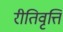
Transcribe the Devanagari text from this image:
रीतिवृत्ति